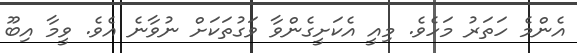
އެންމެ ހަތަރު މަހެވެ. މިއީ އެކަށީގެންވާ ވަގުތަކަށް ނުވާނެ އެވެ. ވީމާ އިބޫ